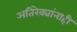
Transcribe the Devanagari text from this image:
अतिरेक्यांनाही